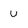
Character: u